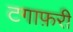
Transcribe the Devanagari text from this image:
टगाफ़री